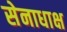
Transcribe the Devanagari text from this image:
सेनाधाक्ष